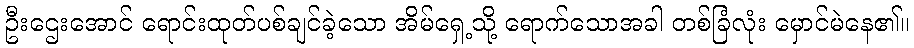
ဦးဌေးအောင် ရောင်းထုတ်ပစ်ချင်ခဲ့သော အိမ်ရှေ့သို့ ရောက်သောအခါ တစ်ခြံလုံး မှောင်မဲနေ၏။